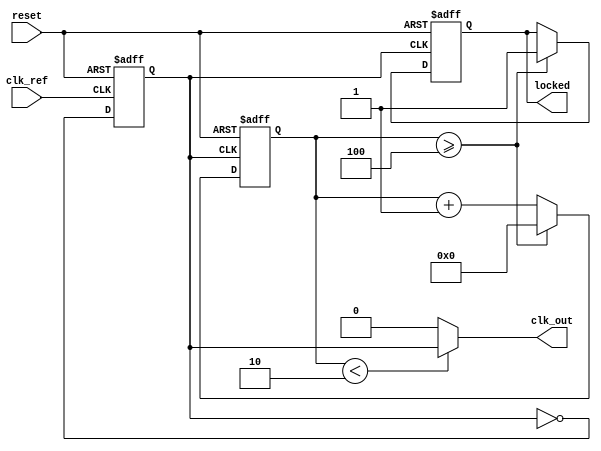
module low_jitter_pll (
    input wire clk_ref,           // Reference clock input
    input wire reset,             // Asynchronous reset
    output wire clk_out,          // Output clock
    output wire locked            // Lock indicator
);

    // Parameters for PLL configuration
    parameter DIV_FACTOR = 4;     // Feedback divider factor
    parameter LOOP_FILTER_GAIN = 8; // Loop filter gain (simplified)
    parameter VCO_BASE_FREQ = 100; // Base frequency of VCO in MHz

    // Internal signals
    reg [31:0] phase_diff;         // Phase difference output from PD
    reg [31:0] control_voltage;    // Control voltage for VCO
    reg [31:0] vco_freq;           // VCO frequency
    reg [31:0] feedback_div;       // Feedback divider counter
    reg vco_clk;                   // VCO clock output
    reg locked_reg;                // Lock status register

    // Phase Detector (PD)
    always @(posedge clk_ref or posedge reset) begin
        if (reset) begin
            phase_diff <= 32'd0;
        end else begin
            // Simple phase detection logic (to be refined)
            // Here we assume some phase comparison logic
            phase_diff <= phase_diff + 1; // Placeholder logic
        end
    end

    // Loop Filter (LF)
    always @(posedge clk_ref or posedge reset) begin
        if (reset) begin
            control_voltage <= 32'd0;
        end else begin
            control_voltage <= control_voltage + (phase_diff / LOOP_FILTER_GAIN);
        end
    end

    // Voltage-Controlled Oscillator (VCO)
    always @(posedge clk_ref or posedge reset) begin
        if (reset) begin
            vco_freq <= VCO_BASE_FREQ;
            vco_clk <= 1'b0;
        end else begin
            // Adjust VCO frequency based on control voltage
            vco_freq <= VCO_BASE_FREQ + control_voltage[7:0]; // Simplified
            // Generate VCO clock based on frequency
            // This is a placeholder for actual VCO behavior
            vco_clk <= ~vco_clk; // Toggle for simplicity
        end
    end

    // Feedback Divider
    always @(posedge vco_clk or posedge reset) begin
        if (reset) begin
            feedback_div <= 32'd0;
            locked_reg <= 1'b0;
        end else begin
            feedback_div <= feedback_div + 1;
            if (feedback_div >= DIV_FACTOR) begin
                feedback_div <= 32'd0;
                locked_reg <= 1'b1; // Indicate locked state
            end
        end
    end

    // Output clock generation
    assign clk_out = (feedback_div < (DIV_FACTOR / 2)) ? vco_clk : 1'b0;
    assign locked = locked_reg;

endmodule